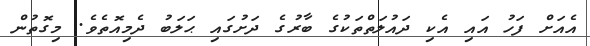
އެއަށް ފަހު އައި އެކި ދައުލަތްތަކުގެ ބާރުގެ ދަށުގައި ޙަލަބު ދެމިއޮތެވެ. މިގޮތުން